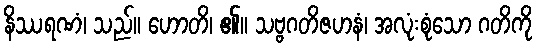
နိဿရဏံ၊ သည်။ ဟောတိ၊ ၏။ သဗ္ဗဂတိဇဟနံ၊ အလုံးစုံသော ဂတိကို